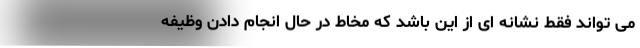
می تواند فقط نشانه ای از این باشد که مخاط در حال انجام دادن وظیفه